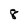
Character: 8